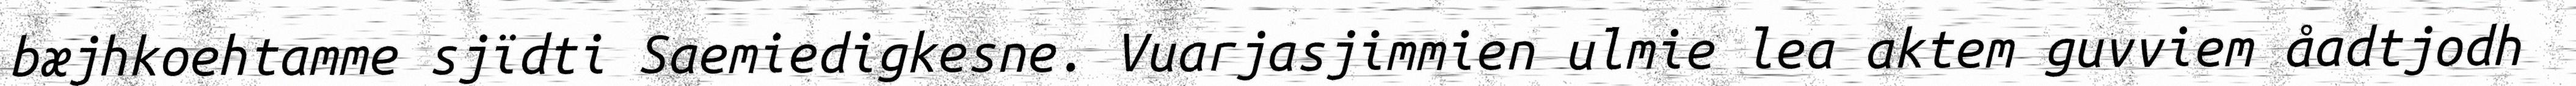
bæjhkoehtamme sjïdti Saemiedigkesne. Vuarjasjimmien ulmie lea aktem guvviem åadtjodh